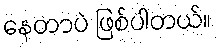
နေတာပဲ ဖြစ်ပါတယ်။